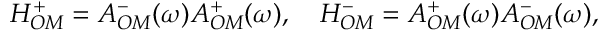
H _ { O M } ^ { + } = A _ { O M } ^ { - } ( \omega ) A _ { O M } ^ { + } ( \omega ) , \quad H _ { O M } ^ { - } = A _ { O M } ^ { + } ( \omega ) A _ { O M } ^ { - } ( \omega ) ,